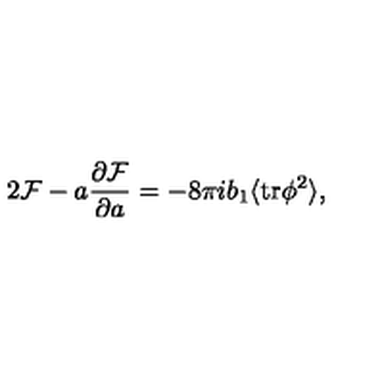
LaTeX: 2 { \cal F } - a { \frac { \partial { \cal F } } { \partial a } } = - 8 \pi i b _ { 1 } \langle \mathrm { t r } \phi ^ { 2 } \rangle ,